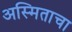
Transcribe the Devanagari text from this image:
अस्मिताचा